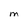
Character: M